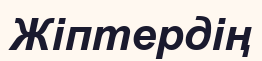
Жіптердің